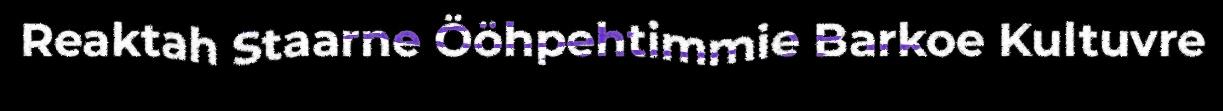
Reaktah Staarne Ööhpehtimmie Barkoe Kultuvre